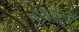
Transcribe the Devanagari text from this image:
बदलेली